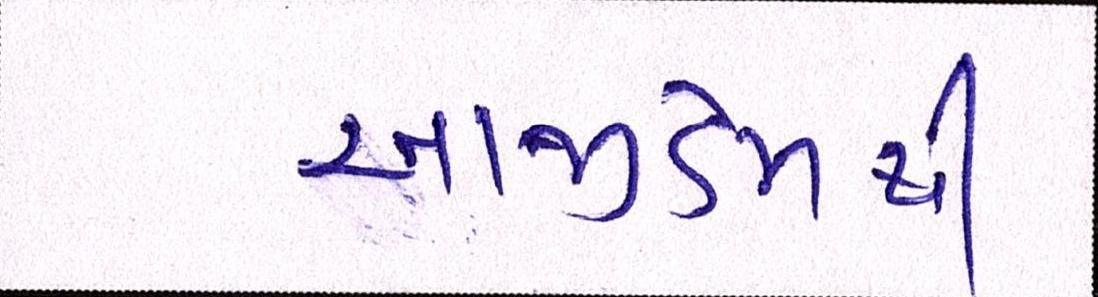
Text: આજીડેમથી